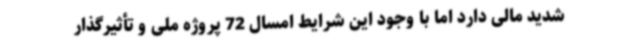
شدید مالی دارد اما با وجود این شرایط امسال 72 پروژه ملی و تأثیرگذار